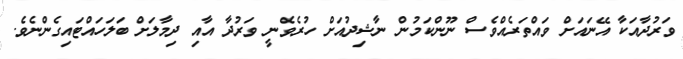
ވަރުދާއަކާ އޭނައަށް ވައްތަރެއްވެސް ނޫންކަމުން ނާޝިދުއަށް ހުރެވެނީ ވަރުދާ އާއި ދިމާލަށް ބަލަހައްޓައިގެންނެވެ.